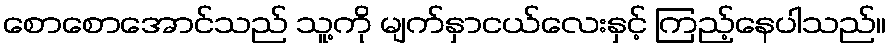
စောစောအောင်သည် သူ့ကို မျက်နှာငယ်လေးနှင့် ကြည့်နေပါသည်။